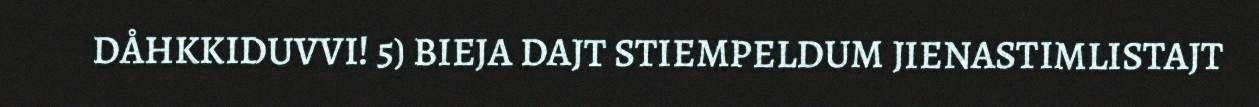
DÅHKKIDUVVI! 5) BIEJA DAJT STIEMPELDUM JIENASTIMLISTAJT